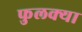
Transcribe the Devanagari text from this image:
फुलक्या